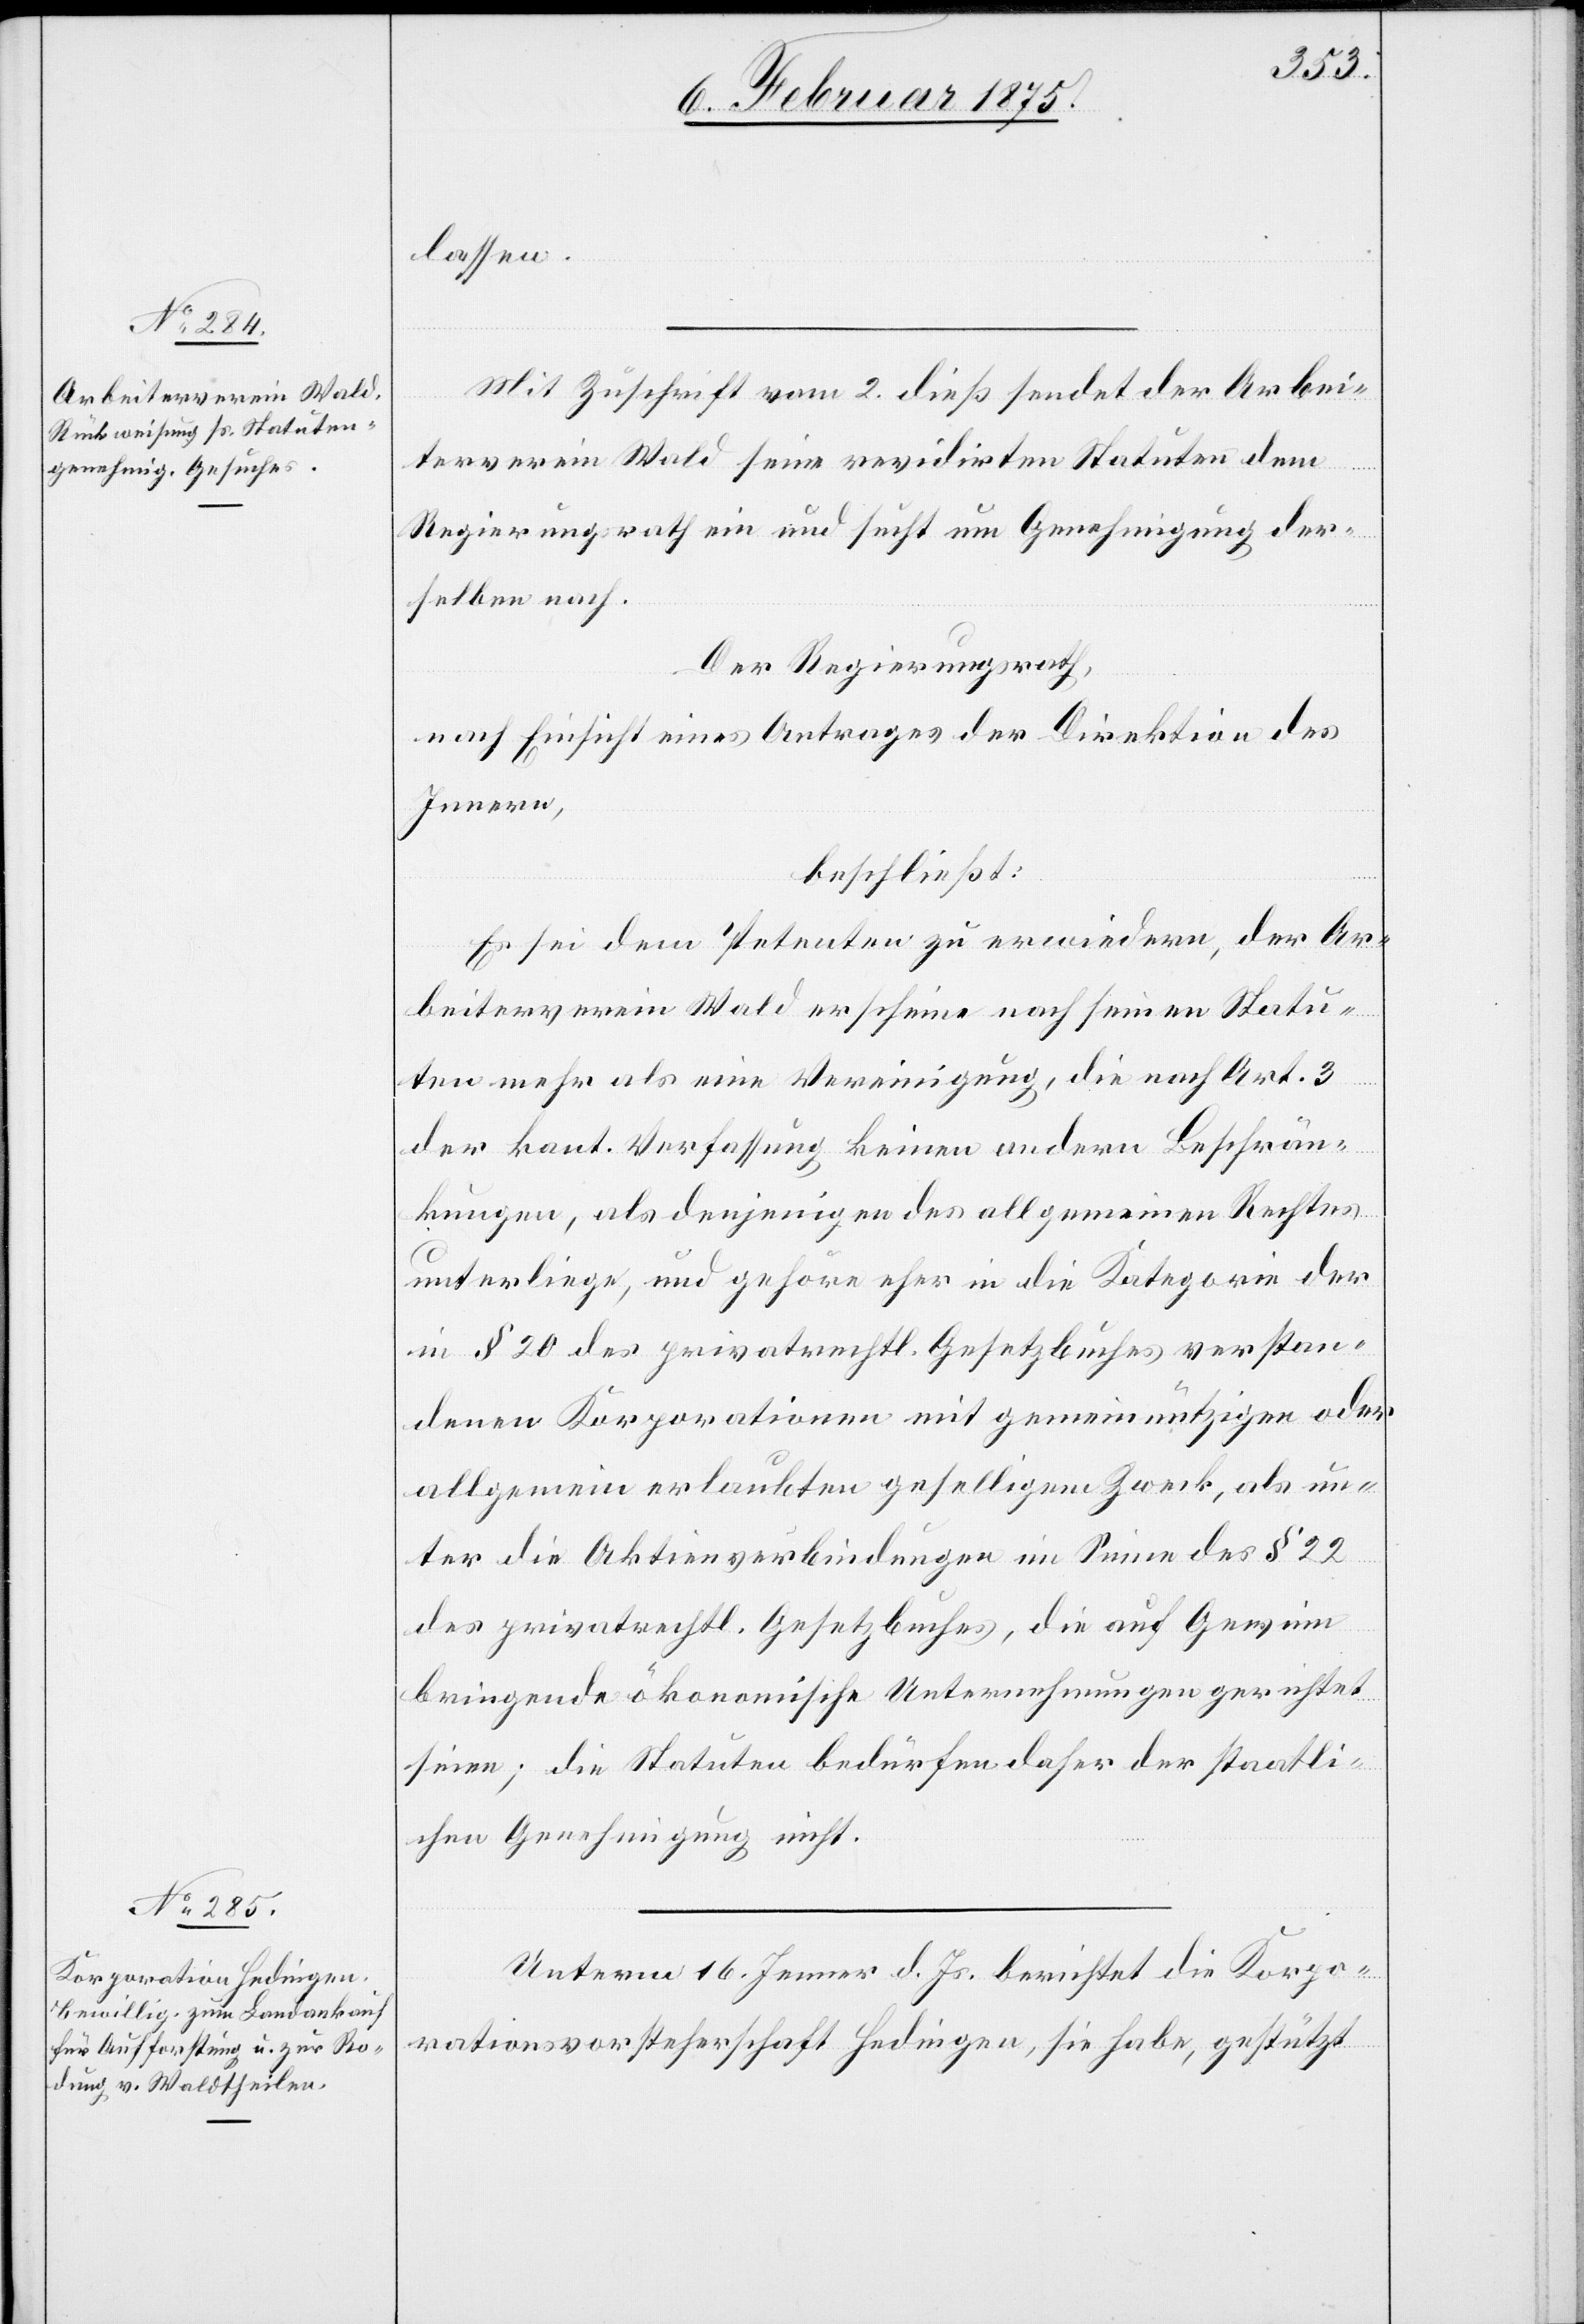
lassen.
Mit Zuschrift vom 2. dieß sendet der Arbei¬
terverein Wald seine revidirten Statuen dem
Regierungsrath ein und sucht um Genehmigung der¬
selben nach.
Der Regierungsrath,
nach Einsicht eines Antrages der Direktion des
Innern,
beschließt:
Es sei dem Petenten zu erwiedern, der Ar¬
beiterverein Wald erscheine nach seinen Statu¬
en mehr als eine Vereinigung, die nach Art. 3
der kant. Verfassung keinen andern Beschrän¬
kungen, als denjenigen des allgemeinen Rechtes
unterliege, und gehöre eher in die Kategorie der
in § 20 des privatrechtl. Gesetzbuches verstan¬
denen Korporationen mit gemeinnützigen oder
allgemein erlaubten geselligem Zweck, als un¬
ter die Aktienverbindungen im Sinne des § 22
des privatrechtl. Gesetzbuches, die auf Gewinn
bringende ökonomische Unternehmungen gerichtet
seien; die Statuten bedürfen daher der staatli¬
chen Genehmigung nicht.
Unterm 16. Jenner d. Js. berichtet die Korpo¬
rationsvorsteherschaft Hedingen, sie habe, gestützt